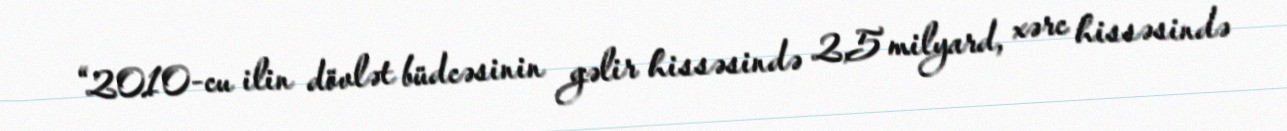
“2010-cu ilin dövlət büdcəsinin gəlir hissəsində 2,5 milyard, xərc hissəsində